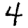
Digit: 4